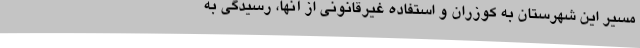
مسیر این شهرستان به کوزران و استفاده غیرقانونی از آنها، رسیدگی به